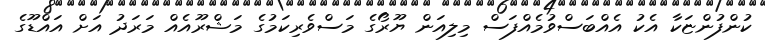
ކުންފުންޏަކާ އެކު އެއްބަސްވުމެއްފަސް މިލިއަން ޔޫރޯގެ މަސްވެރިކަމުގެ މަޝްރޫއެއް މަރަދު އަށް އައްޑޫގެ